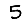
Digit: 5